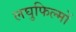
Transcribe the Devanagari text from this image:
लघुफिल्मों